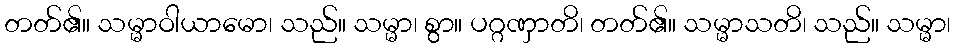
တတ်၏။ သမ္မာဝါယာမော၊ သည်။ သမ္မာ၊ စွာ။ ပဂ္ဂဏှာတိ၊ တတ်၏။ သမ္မာသတိ၊ သည်။ သမ္မာ၊